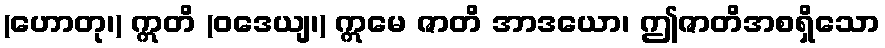
(ဟောတု၊) ဣတိ (ဝဒေယျ၊) ဣမေ ဇာတိ အာဒယော၊ ဤဇာတိအစရှိသော